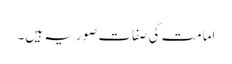
امامت کی صفات صوریہ ہیں۔